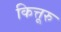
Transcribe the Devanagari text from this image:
कित्तूरु